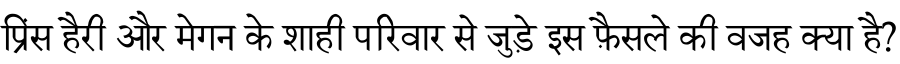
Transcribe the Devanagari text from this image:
प्रिंस हैरी और मेगन के शाही परिवार से जुड़े इस फ़ैसले की वजह क्या है?